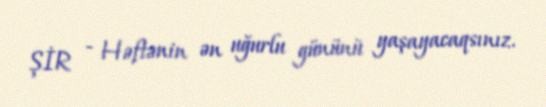
ŞİR - Həftənin ən uğurlu gününü yaşayacaqsınız.